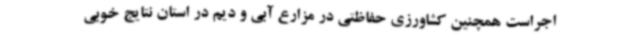
اجراست همچنین کشاورزی حفاظتی در مزارع آبی و دیم در استان نتایج خوبی